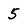
Character: 5